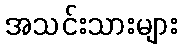
အသင်းသားများ